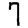
Digit: 7